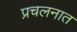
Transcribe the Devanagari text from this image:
प्रचलनात